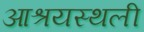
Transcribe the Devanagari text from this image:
आश्रयस्थली